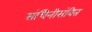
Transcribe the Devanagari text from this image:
संधिनीसंवित